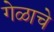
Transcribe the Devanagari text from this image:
गेळाचे